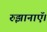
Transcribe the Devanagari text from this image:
रुझानाऍ।